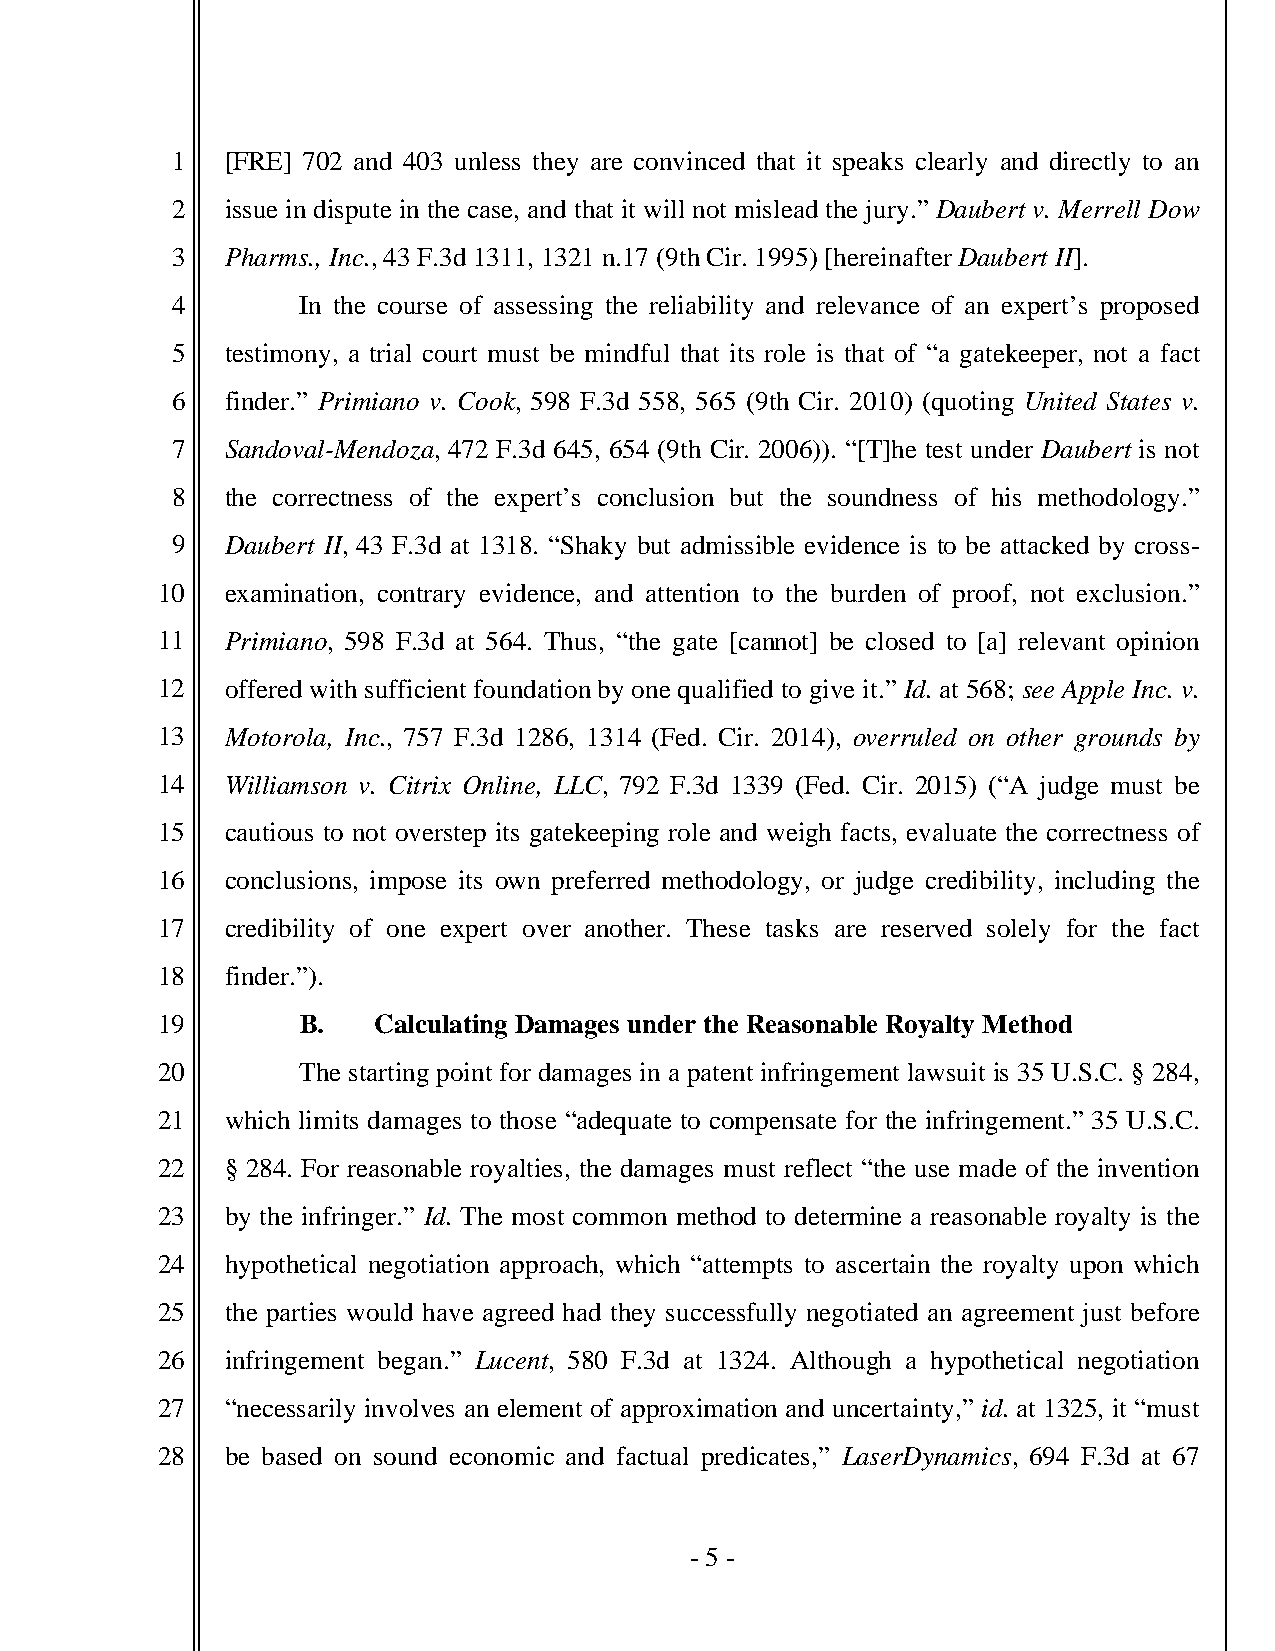
1   [FRE] 702 and 403 unless they are convinced that it speaks clearly and directly to an
 2   issue in dispute in the case, and that it will not mislead the jury.” Daubert v. Merrell Dow
 3   Pharms., Inc., 43 F.3d 1311, 1321 n.17 (9th Cir. 1995) [hereinafter Daubert II].
 4        In the course of assessing the reliability and relevance of an expert’s proposed
 5   testimony, a trial court must be mindful that its role is that of “a gatekeeper, not a fact
 6   finder.” Primiano v. Cook, 598 F.3d 558, 565 (9th Cir. 2010) (quoting United States v.
 7   Sandoval-Mendoza, 472 F.3d 645, 654 (9th Cir. 2006)). “[T]he test under Daubert is not
 8   the correctness of the expert’s conclusion but the soundness of his methodology.”
 9   Daubert II, 43 F.3d at 1318. “Shaky but admissible evidence is to be attacked by cross-
 10   examination, contrary evidence, and attention to the burden of proof, not exclusion.”
 11   Primiano, 598 F.3d at 564. Thus, “the gate [cannot] be closed to [a] relevant opinion
 12   offered with sufficient foundation by one qualified to give it.” Id. at 568; see Apple Inc. v.
 13   Motorola, Inc., 757 F.3d 1286, 1314 (Fed. Cir. 2014), overruled on other grounds by
 14   Williamson v. Citrix Online, LLC, 792 F.3d 1339 (Fed. Cir. 2015) (“A judge must be
 15   cautious to not overstep its gatekeeping role and weigh facts, evaluate the correctness of
 16   conclusions, impose its own preferred methodology, or judge credibility, including the
 17   credibility of one expert over another. These tasks are reserved solely for the fact
 18   finder.”).
 19        B.   Calculating Damages under the Reasonable Royalty Method
 20        The starting point for damages in a patent infringement lawsuit is 35 U.S.C. § 284,
 21   which limits damages to those “adequate to compensate for the infringement.” 35 U.S.C.
 22   § 284. For reasonable royalties, the damages must reflect “the use made of the invention
 23   by the infringer.” Id. The most common method to determine a reasonable royalty is the
 24   hypothetical negotiation approach, which “attempts to ascertain the royalty upon which
 25   the parties would have agreed had they successfully negotiated an agreement just before
 26   infringement began.” Lucent, 580 F.3d at 1324. Although a hypothetical negotiation
 27   “necessarily involves an element of approximation and uncertainty,” id. at 1325, it “must
 28   be based on sound economic and factual predicates,” LaserDynamics, 694 F.3d at 67
 - 5 -